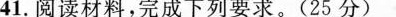
41.阅读材料，完成下列要求。(25分)